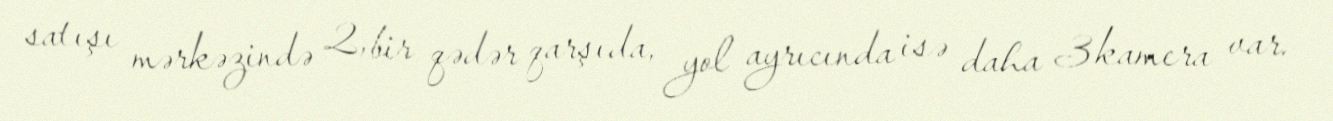
satışı mərkəzində 2, bir qədər qarşıda, yol ayrıcında isə daha 3 kamera var.